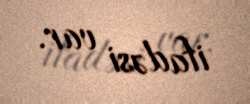
ifadəsi var.